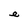
Character: e